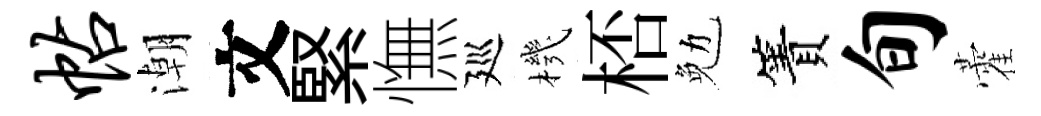
帖潮文緊憮廵機桮勉簀旬藿